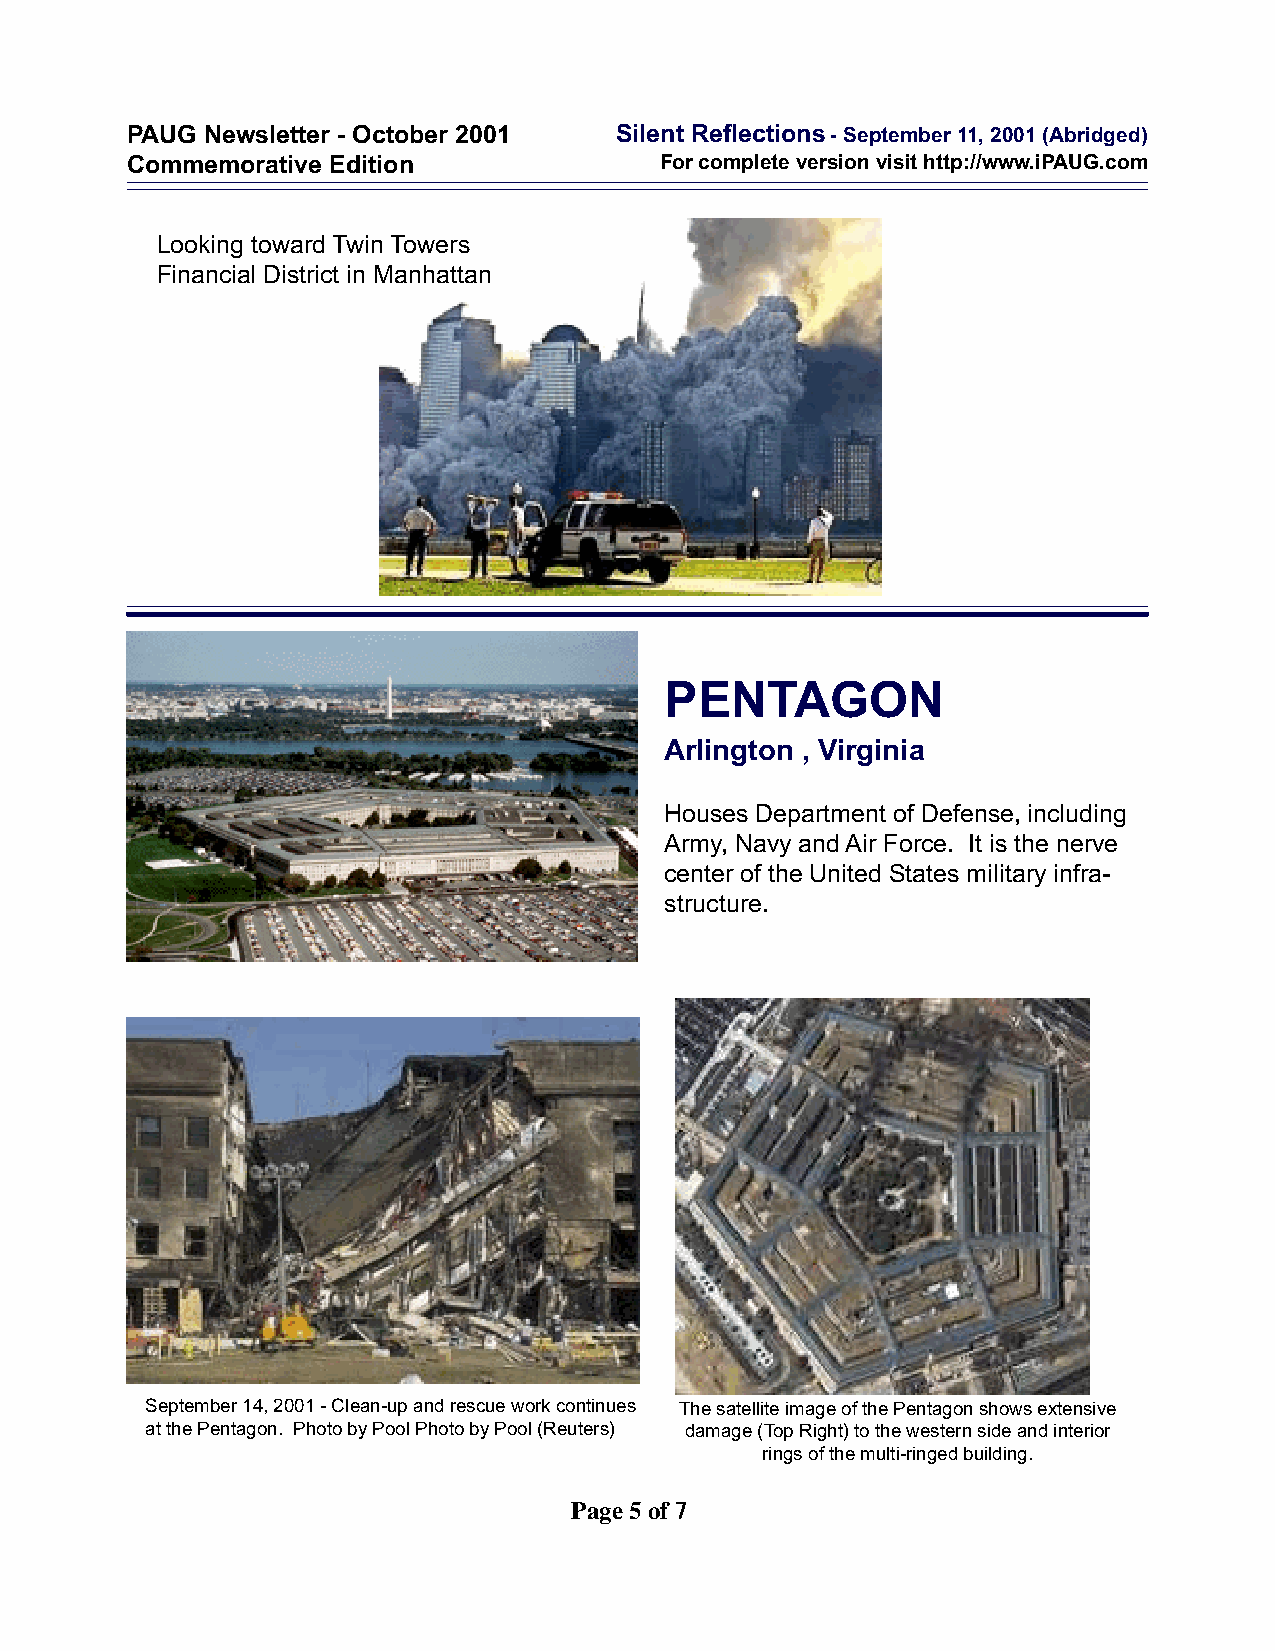
PAUG Newsletter - October 2001   Silent Reflections - September 11, 2001 (Abridged)
 Commemorative Edition               For complete version visit http://www.iPAUG.com
 Looking toward Twin Towers
 Financial District in Manhattan
 PENTAGON
 Arlington , Virginia
 Houses Department of Defense, including
 Army, Navy and Air Force. It is the nerve
 center of the United States military infra-
 structure.
 September 14, 2001 - Clean-up and rescue work continues The satellite image of the Pentagon shows extensive
 at the Pentagon. Photo by Pool Photo by Pool (Reuters) damage (Top Right) to the western side and interior
 rings of the multi-ringed building.
 Page 5 of 7